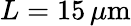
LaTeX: L=15\, \mu\mathrm{m}